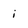
Character: i